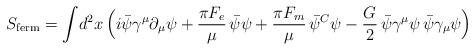
LaTeX: \begin{align*}S_{\rm ferm} = \int\! d^2x\, \Bigl( i\bar\psi \gamma^{\mu}\partial_{\mu}\psi +{\pi F_e\over\mu}\, \bar\psi\psi + {\pi F_m\over\mu}\, \bar\psi^C \psi -{G\over 2}\, \bar\psi\gamma^{\mu}\psi\, \bar\psi\gamma_{\mu}\psi\Bigr)\end{align*}